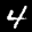
Label: 4